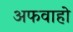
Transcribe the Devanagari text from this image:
अफवाहो